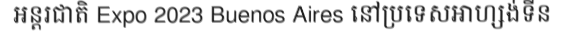
អន្តរជាតិ Expo 2023 Buenos Aires នៅប្រទេសអាហ្សង់ទីន